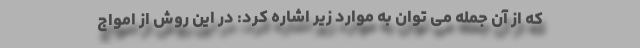
که از آن جمله می توان به موارد زیر اشاره کرد: در این روش از امواج